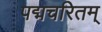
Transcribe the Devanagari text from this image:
पद्मचरितम्